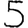
Digit: 5